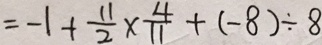
= - 1 + \frac { 1 1 } { 2 } \times \frac { 4 } { 1 1 } + ( - 8 ) \div 8